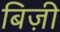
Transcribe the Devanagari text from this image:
बिज़ी